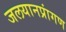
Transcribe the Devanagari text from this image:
जलयानप्रांगण